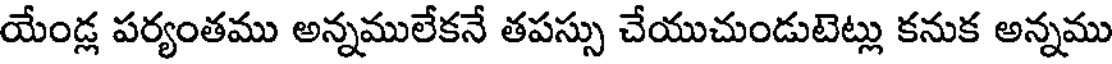
యేండ్ల పర్యంతము అన్నములేకనే తపస్సు చేయుచుండుటెట్లు కనుక అన్నము